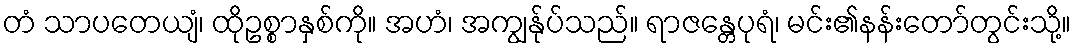
တံ သာပတေယျံ၊ ထိုဥစ္စာနှစ်ကို။ အဟံ၊ အကျွန်ုပ်သည်။ ရာဇန္တေပုရံ၊ မင်း၏နန်းတော်တွင်းသို့။